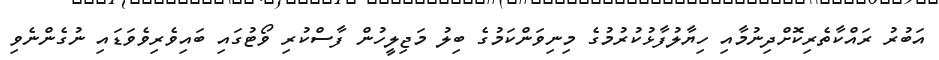
އަބުރު ރައްކާތެރިކޮށްދިނުމާއި ހިޔާލުފާޅުކުރުމުގެ މިނިވަންކަމުގެ ބިލު މަޖިލީހުން ފާސްކުރި ވޯޓުގައި ބައިވެރިވެވަޑައި ނުގެންނެވި